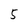
Character: 5